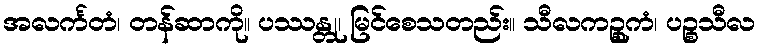
အလင်္ကတံ၊ တန်ဆာကို။ ပဿန္တု၊ မြင်စေသတည်း။ သီလကဉ္စုကံ၊ ပဉ္စသီလ